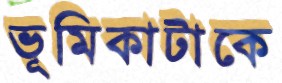
ভূমিকাটাকে